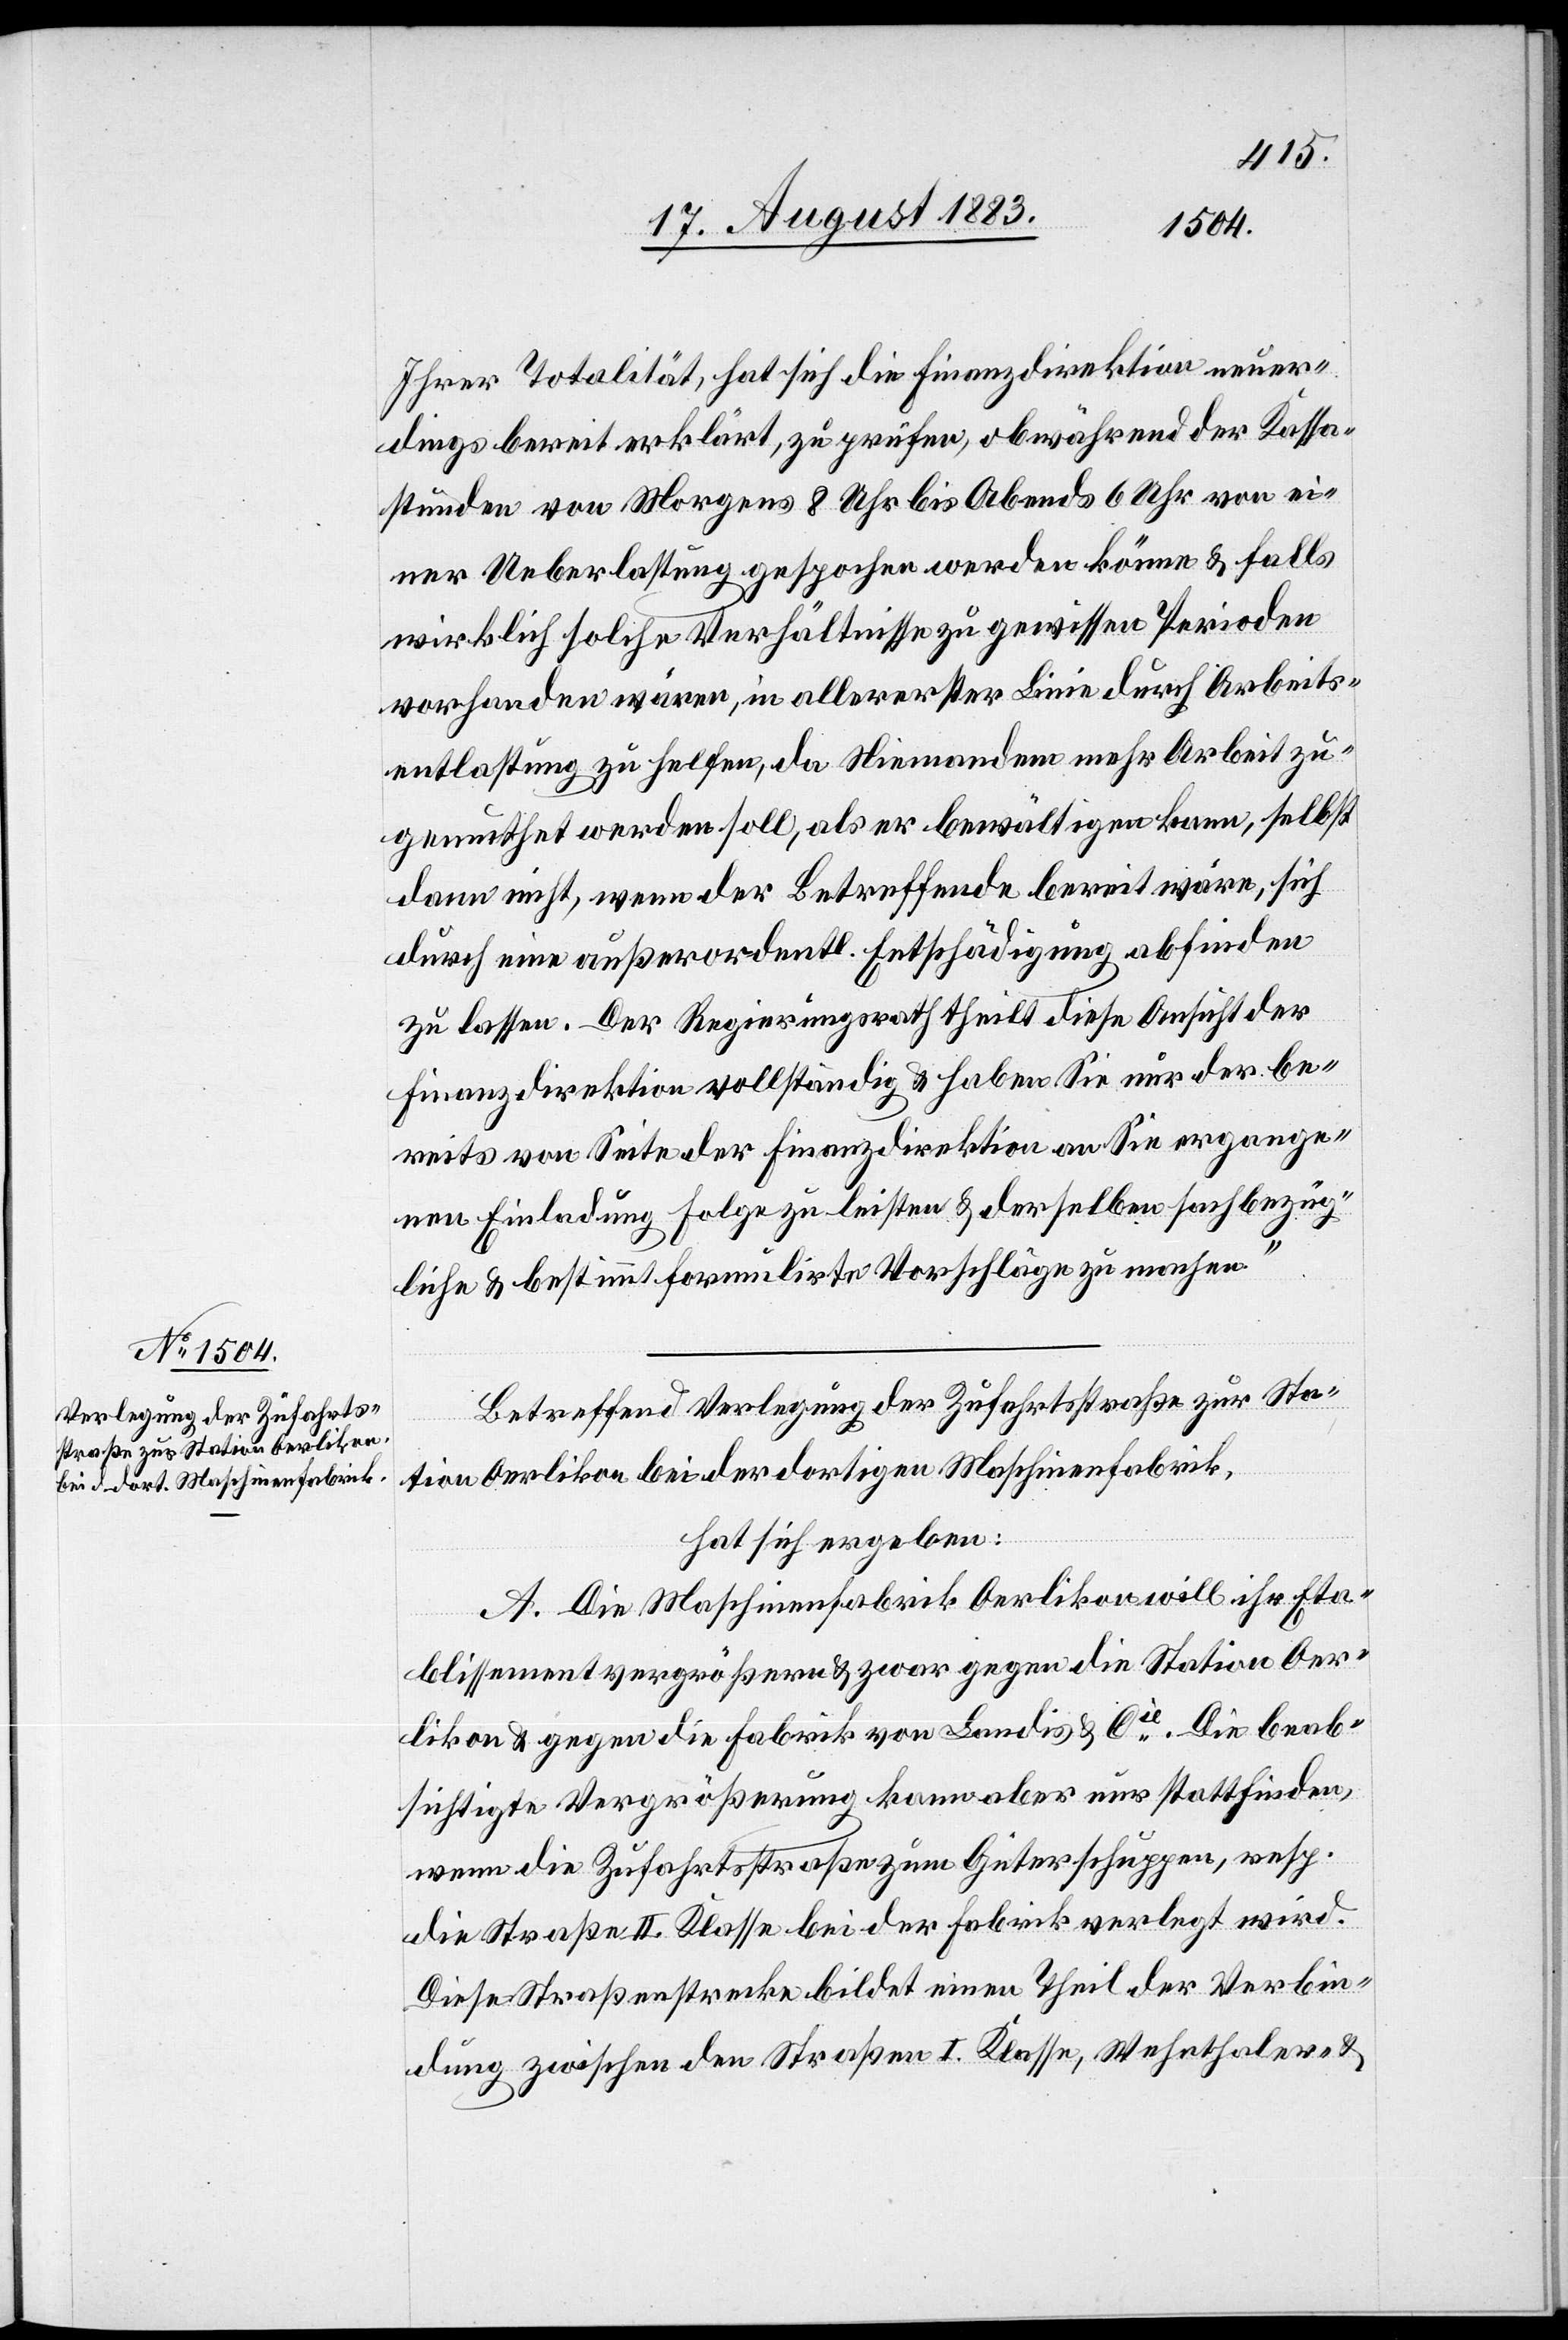
[sic!] Totalität, hat sich die Finanzdirektion neuer¬
dings bereit erklärt, zu prüfen, ob während der Kassa¬
stunden von Morgens 8 Uhr bis Abends 6 Uhr von ei¬
ner Ueberlastung gesprochen werden könne & falls
wirklich solche Verhältnisse zu gewissen Perioden
vorhanden wären, in allererster Linie durch Arbeits¬
entlastung zu helfen, da Niemandem mehr Arbeit zu¬
gemuthet werden soll, als er bewältigen kann, selbst
dann nicht, wenn der Betreffende bereit wäre, sich
durch eine außerordentl. Entschädigung abfinden
zu lassen. Der Regierungsrath theilt diese Ansicht der
Finanzdirektion vollständig & haben Sie zur der be¬
reits von Seite der Finanzdirektion an Sie ergange¬
nen Einladung Folge zu leisten & derselben sachbezüg¬
liche & bestimmt formulirte Vorschläge zu machen.“
Betreffend Verlegung der Zufahrtsstraße zur Sta¬
tion Oerlikon bei der dortigen Maschinenfabrik,
hat sich ergeben:
A. Die Maschinenfabrik Oerlikon will ihr Eta¬
blissement vergrößern & zwar gegen die Station Oer¬
likon & gegen die Fabrik von Landis & Cie. Die beab¬
sichtigte Vergrößerung kann aber nur stattfinden,
wenn die Zufahrtsstraße zum Güterschuppen, resp.
die Straße II. Klasse bei der Fabrik verlegt wird.
Diese Straßenstrecke bildet einen Theil der Verbin¬
dung zwischen den Straßen I. Klasse, Wehnthaler- &